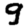
Digit: 9